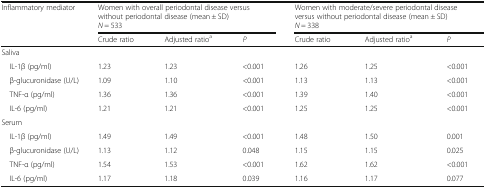
<table><thead><tr><td rowspan="2"><b>Inflammatory mediator</b></td><td colspan="3"><b>Women with overall periodontal disease versus without periodontal disease (mean ± SD) <i>N</i> = 533</b></td><td colspan="3"><b>Women with moderate/severe periodontal disease versus without periodontal disease (mean ± SD) <i>N</i> = 338</b></td></tr><tr><td><b>Crude ratio</b></td><td><b>Adjusted ratio<sup>a</sup></b></td><td><b><i>P</i></b></td><td><b>Crude ratio</b></td><td><b>Adjusted ratio<sup>a</sup></b></td><td><b><i>P</i></b></td></tr></thead><tbody><tr><td colspan="7">Saliva</td></tr><tr><td> IL-1β (pg/ml)</td><td>1.23</td><td>1.23</td><td>&lt;0.001</td><td>1.26</td><td>1.25</td><td>&lt;0.001</td></tr><tr><td> β-glucuronidase (U/L)</td><td>1.09</td><td>1.10</td><td>&lt;0.001</td><td>1.13</td><td>1.13</td><td>&lt;0.001</td></tr><tr><td> TNF-α (pg/ml)</td><td>1.36</td><td>1.36</td><td>&lt;0.001</td><td>1.39</td><td>1.40</td><td>&lt;0.001</td></tr><tr><td> IL-6 (pg/ml)</td><td>1.21</td><td>1.21</td><td>&lt;0.001</td><td>1.25</td><td>1.25</td><td>&lt;0.001</td></tr><tr><td colspan="7">Serum</td></tr><tr><td> IL-1β (pg/ml)</td><td>1.49</td><td>1.49</td><td>&lt;0.001</td><td>1.48</td><td>1.50</td><td>0.001</td></tr><tr><td> β-glucuronidase (U/L)</td><td>1.13</td><td>1.12</td><td>0.048</td><td>1.15</td><td>1.15</td><td>0.025</td></tr><tr><td> TNF-α (pg/ml)</td><td>1.54</td><td>1.53</td><td>&lt;0.001</td><td>1.62</td><td>1.62</td><td>&lt;0.001</td></tr><tr><td> IL-6 (pg/ml)</td><td>1.17</td><td>1.18</td><td>0.039</td><td>1.16</td><td>1.17</td><td>0.077</td></tr></tbody></table>